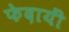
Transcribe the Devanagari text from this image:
फेदायीं